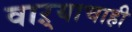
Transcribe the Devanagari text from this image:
वाऱ्याचाही